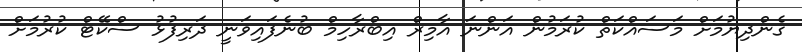
ގެންދިޔުމަށް މަސައްކަތް ކުރަމުން އަންނަ އާމިރް އިބްރާހިމް ބުނެފައިވަނީ ދަރިފުޅު ސްކޭޓް ކުރުމަށް